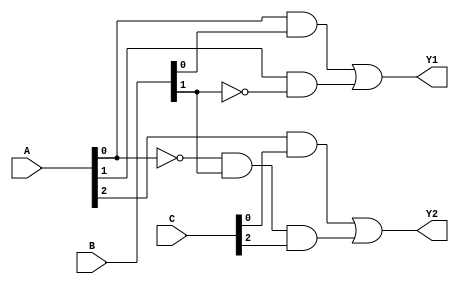
module PAL (
    input wire [2:0] A, // Example input lines (A, B, C)
    input wire [2:0] B,
    input wire [2:0] C,
    output wire Y1, // Output lines
    output wire Y2
);

// Parameters for the number of AND gates and product terms
parameter NUM_AND_GATES = 4;
parameter NUM_OUTPUTS = 2;

// Programmable AND array
wire [NUM_AND_GATES-1:0] and_out;

// Define the programmable AND gates
generate
    genvar i;
    for (i = 0; i < NUM_AND_GATES; i = i + 1) begin : and_gates
        // Example configuration for AND gates
        // You can modify the conditions based on your requirements
        assign and_out[i] = (i == 0) ? (A[0] & B[0]) :
                             (i == 1) ? (A[1] & ~B[1]) :
                             (i == 2) ? (A[2] & C[0]) :
                             (i == 3) ? (~A[0] & B[1] & C[2]) : 1'b0;
    end
endgenerate

// Fixed OR array
assign Y1 = and_out[0] | and_out[1]; // Output Y1 from AND gates 0 and 1
assign Y2 = and_out[2] | and_out[3]; // Output Y2 from AND gates 2 and 3

endmodule